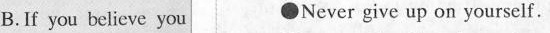
B.If you believe you ●Never give up on yourself.